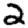
Digit: 2